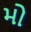
મો